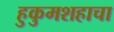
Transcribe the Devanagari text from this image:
हुकुमशहाचा